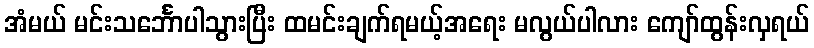
အံမယ် မင်းသင်္ဘောပါသွားပြီး ထမင်းချက်ရမယ့်အရေး မလွယ်ပါလား ကျော်ထွန်းလှရယ်